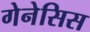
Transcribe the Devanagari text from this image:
गेनेसिस